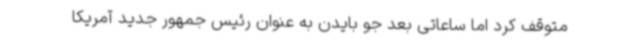
متوقف کرد اما ساعاتی بعد جو بایدن به عنوان رئیس جمهور جدید آمریکا